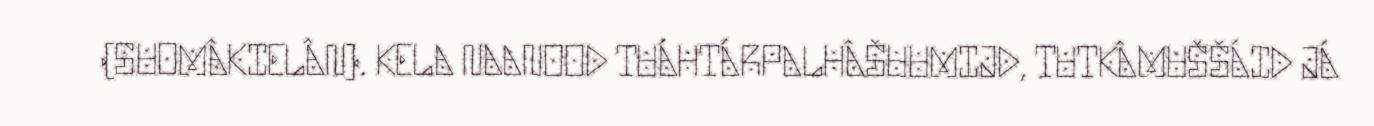
(SUOMÂKIELÂN). KELA NAANOOD TUÁHTÁRPALHÂŠUUMIJD, TUTKÂMUŠŠÁID JÁ